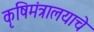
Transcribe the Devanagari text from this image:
कृषिमंत्रालयाचे